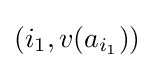
(i_{1},v(a_{i_{1}}))